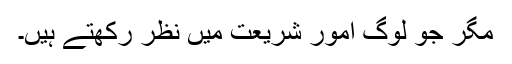
مگر جو لوگ امور شریعت میں نظر رکھتے ہیں۔